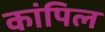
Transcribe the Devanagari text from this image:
कांपिल